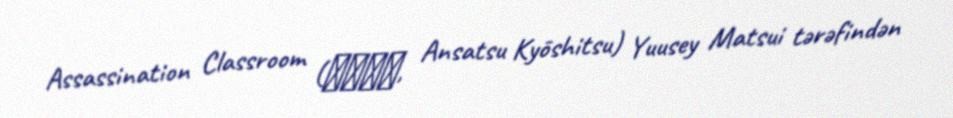
Assassination Classroom (暗殺教室, Ansatsu Kyōshitsu) Yuusey Matsui tərəfindən